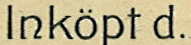
Inkopt d.